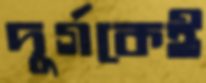
দুর্গকেই